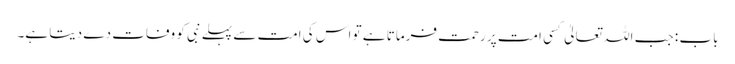
باب : جب اللہ تعالیٰ کسی امت پر رحمت فرماتا ہے تو اس کی امت سے پہلے نبی کو وفات دے دیتا ہے۔